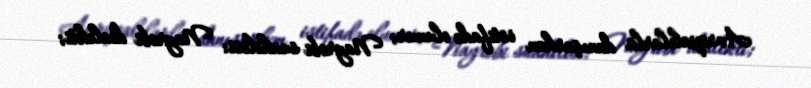
Avropalılarla danışarkən istifadə olunur; Nayrobi suahilisi: Nayrobi dialekti;